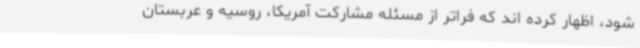
شود، اظهار کرده اند که فراتر از مسئله مشارکت آمریکا، روسیه و عربستان